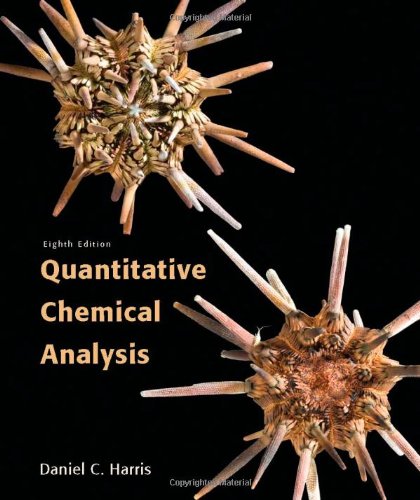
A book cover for Quantitative Chemical Analysis; Daniel C. Harris; Science & Math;